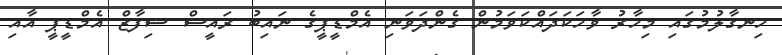
ހިނގާލުމުގައި މިހާރު ވާހަކަދައްކަވަމުން ގެންދަވަނި އެމްޑީޕީގެ ނައިބު ރައީސް ޝިފާޒް އެމްޑީޕީ އާއި